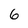
Character: 6